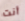
أنت